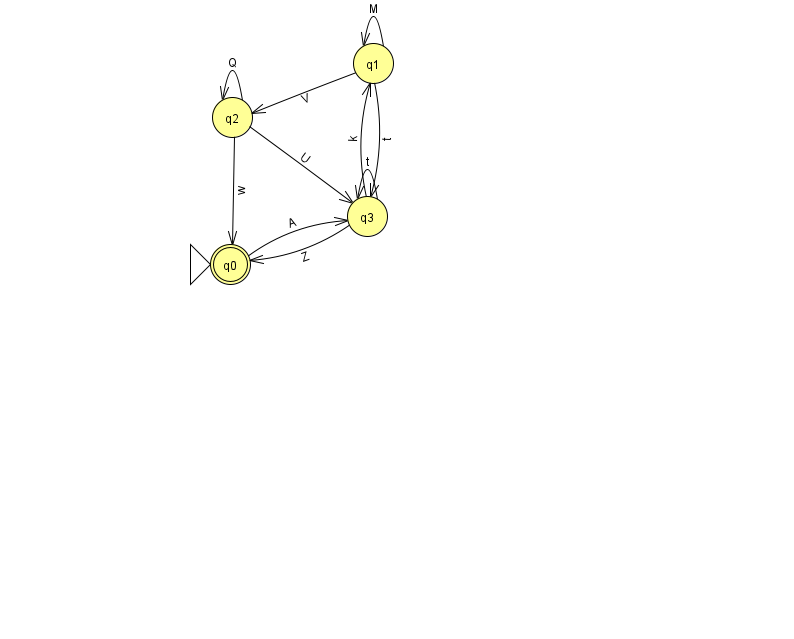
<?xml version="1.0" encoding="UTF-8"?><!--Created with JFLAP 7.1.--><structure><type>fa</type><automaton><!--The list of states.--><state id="0" name="q0"><x>230.0</x><y>251.0</y><initial/><final/></state><state id="1" name="q1"><x>373.0</x><y>50.0</y></state><state id="2" name="q2"><x>232.0</x><y>104.0</y></state><state id="3" name="q3"><x>367.0</x><y>203.0</y></state><!--The list of transitions.--><transition><from>2</from><to>2</to><read>Q</read></transition><transition><from>2</from><to>0</to><read>w</read></transition><transition><from>3</from><to>3</to><read>t</read></transition><transition><from>1</from><to>3</to><read>t</read></transition><transition><from>3</from><to>0</to><read>Z</read></transition><transition><from>3</from><to>1</to><read>k</read></transition><transition><from>1</from><to>2</to><read>V</read></transition><transition><from>0</from><to>3</to><read>A</read></transition><transition><from>1</from><to>1</to><read>M</read></transition><transition><from>2</from><to>3</to><read>U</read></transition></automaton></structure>